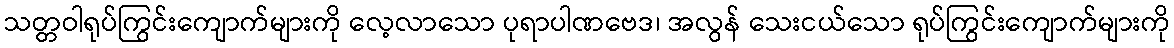
သတ္တဝါရုပ်ကြွင်းကျောက်များကို လေ့လာသော ပုရာပါဏဗေဒ၊ အလွန် သေးငယ်သော ရုပ်ကြွင်းကျောက်များကို